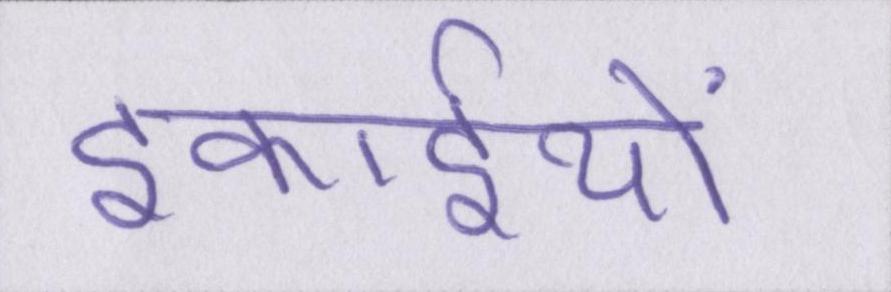
इकाईयों